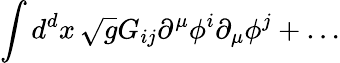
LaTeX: \int d^{d}x\, \sqrt{g}G_{ij}\partial^{\mu}\phi^{i}\partial_{\mu}\phi^{j}+\ldots